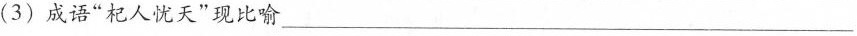
(3)成语“杞人忧天"现比喻___